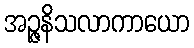
အဉ္ဇနိသလာကာယော